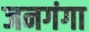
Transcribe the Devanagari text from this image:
जनगंगा